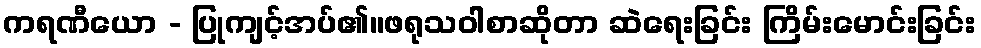
ကရဏီယော - ပြုကျင့်အပ်၏။ဖရုသဝါစာဆိုတာ ဆဲရေးခြင်း ကြိမ်းမောင်းခြင်း